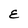
Character: E